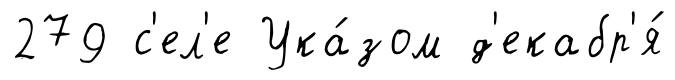
279 с'ел'е Ука́зом д'екабр'я́